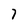
Character: 7